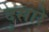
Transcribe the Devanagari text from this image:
दुसारे